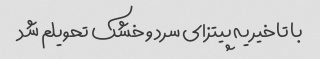
با تاخیر یه پیتزای سرد و خشک تحویلم شد